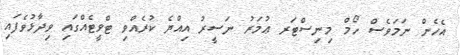
އެހެން ނަމަވެސް ހޯމް މިނިސްޓަރ ޢުމަރު ނަސީރު އިއްޔެ ކުރެއްވި ޓްވީޓެއްގައި ވިދާޅުވެފައި